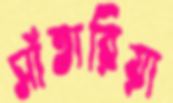
সাঁতারিয়া